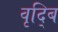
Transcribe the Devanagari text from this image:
वृद्बि